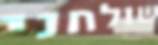
שולחני